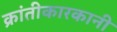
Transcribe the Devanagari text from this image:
क्रांतीकारकानी